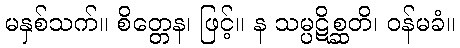
မနှစ်သက်။ စိတ္တေန၊ ဖြင့်။ န သမ္ပဋိစ္ဆတိ၊ ဝန်မခံ။